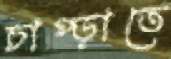
চাপ্‌ড়াতে